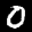
Digit: 0